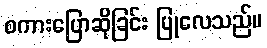
စကားပြောဆိုခြင်း ပြုလေသည်။